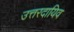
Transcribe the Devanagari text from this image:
उत्तरदायिव